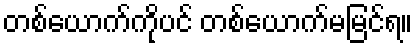
တစ်ယောက်ကိုပင် တစ်ယောက်မမြင်ရ။